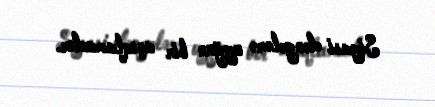
Siyasi dəngələrə uyğun bir açıqlamadır.